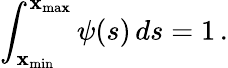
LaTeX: \int_{\mathbf{x}_{\mathrm{{min}}}}^{\mathbf{x}_{\mathrm{{ma\mathbf{x}}}}}\psi(s)\, ds=1\, .